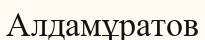
Алдамұратов